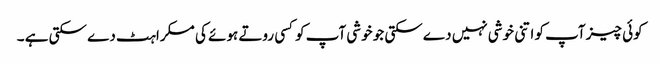
کوئی چیز آپ کو اتنی خوشی نہیں دے سکتی جو خوشی آپ کوکسی روتے ہوئے کی مسکراہٹ دے سکتی ہے ۔